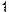
1